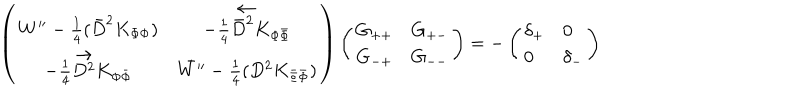
\left( \begin{array} { c c } { { W ^ { \prime \prime } - \frac { 1 } { 4 } ( \bar { D } ^ { 2 } K _ { \Phi \Phi } ) } } & { { - \frac { 1 } { 4 } \vec { \bar { D } ^ { 2 } } K _ { \Phi \bar { \Phi } } } } \\ { { - \frac { 1 } { 4 } \vec { D ^ { 2 } } K _ { \Phi \bar { \Phi } } } } & { { \bar { W ^ { \prime \prime } } - \frac { 1 } { 4 } ( D ^ { 2 } K _ { \bar { \Phi } \bar { \Phi } } ) } } \\ \end{array} \right) \left( \begin{array} { l l } { { G _ { + + } } } & { { G _ { + - } } } \\ { { G _ { - + } } } & { { G _ { -- } } } \\ \end{array} \right) = - \left( \begin{array} { l l } { { \delta _ { + } } } & { { 0 } } \\ { { 0 } } & { { \delta _ { - } } } \\ \end{array} \right)